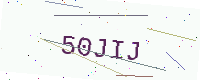
Text: 50JIJ